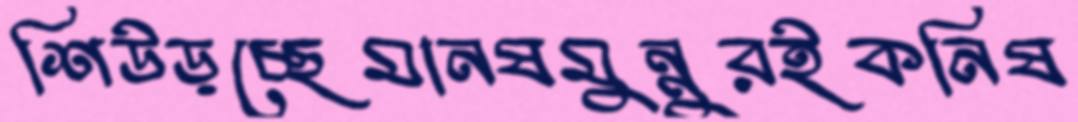
শিউড়চ্ছেমানষমুন্নুরইকনিষ